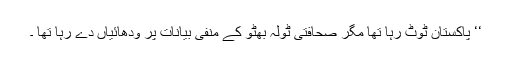
‘‘ پاکستان ٹوٹ رہا تھا مگر صحافتی ٹولہ بھٹو کے منفی بیانات پر ودھائیاں دے رہا تھا ۔